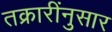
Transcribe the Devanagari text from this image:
तक्रारींनुसार